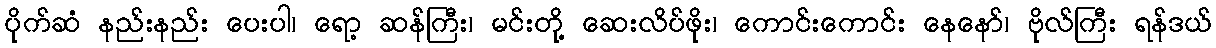
ပိုက်ဆံ နည်းနည်း ပေးပါ၊ ရော့ ဆန်ကြီး၊ မင်းတို့ ဆေးလိပ်ဖိုး၊ ကောင်းကောင်း နေနော်၊ ဗိုလ်ကြီး ရန်ဒယ်